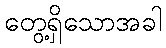
တွေ့ရှိသောအခါ